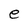
Character: e